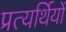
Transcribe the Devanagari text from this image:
प्रत्यर्थियों